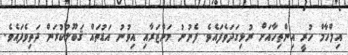
އިލްހާމް ހުރީ އިންތިހާއަށް ރުޅިގަދަވެފައެވެ. ފެނުނު މަންޒަރާއި އިވުނު އަޑުތައް ޤަބޫލުކުރަން ދަތިވެފައެވެ.